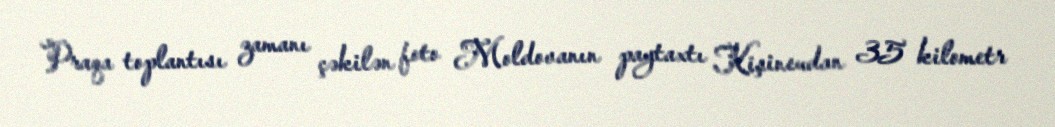
Praqa toplantısı zamanı çəkilən foto Moldovanın paytaxtı Kişineudan 35 kilometr